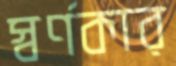
স্বর্ণকার